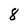
Character: 8